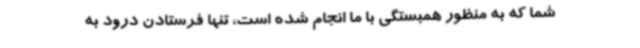
شما که به منظور همبستگی با ما انجام شده است، تنها فرستادن درود به